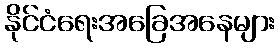
နိုင်ငံရေးအခြေအနေများ